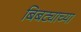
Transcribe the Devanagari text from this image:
बिबट्याच्या